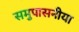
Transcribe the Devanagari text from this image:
समुपासनीया